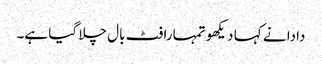
دادا نے کہا دیکھو تمہارا فٹ بال چلا گیا ہے۔